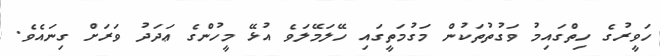
ހަވީރުގެ ހިތްގައިމު ވަގުތުތަކުން މަގުމަތީގައި ހޭލަމޭލަވެ އުޅޭ މީހުންގެ ޢަދަދު ވަރަށް ގިނައެވެ.